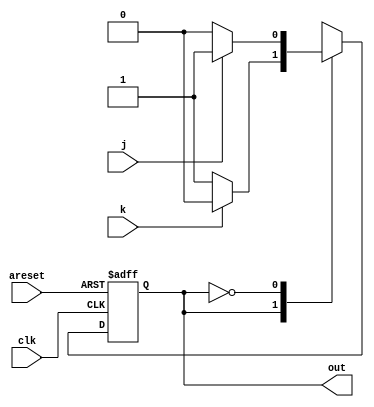
module top_module(
    input clk,
    input areset,    // Asynchronous reset to OFF
    input j,
    input k,
    output out); //  

    parameter OFF=0, ON=1; 
    reg state, next_state;

    always @(*) begin
        case(state)
            ON:begin
                if(~k) next_state<=ON;
                else next_state<=OFF;
            end
            OFF:begin
                if(~j) next_state<=OFF;
                else next_state<=ON;
            end
        endcase
    end

    always @(posedge clk, posedge areset) begin
        if(areset) state<=OFF;
        else
            state<=next_state;
    end

    
    assign out = (state == ON);

endmodule